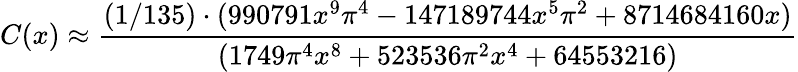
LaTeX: C(x)\approx{\frac{(1/135)\cdot(990791x^{9}\pi^{4}-147189744x^{5}\pi^{2}+8714684160x)}{(1749\pi^{4}x^{8}+523536\pi^{2}x^{4}+64553216)}}